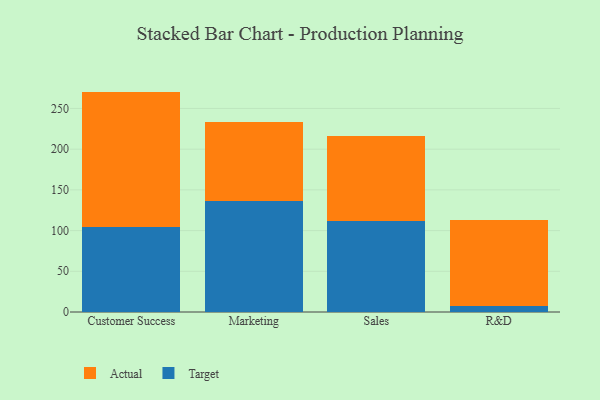
{"axis": {"x": "Department", "y": "Conversion Rate (%)"}, "legend": ["Actual", "Target"], "data": [{"x": "Customer Success", "y": 105.0, "type": "Target"}, {"x": "Customer Success", "y": 165.7, "type": "Actual"}, {"x": "Marketing", "y": 136.8, "type": "Target"}, {"x": "Marketing", "y": 96.0, "type": "Actual"}, {"x": "Sales", "y": 112.0, "type": "Target"}, {"x": "Sales", "y": 103.8, "type": "Actual"}, {"x": "R&D", "y": 7.3, "type": "Target"}, {"x": "R&D", "y": 105.4, "type": "Actual"}]}